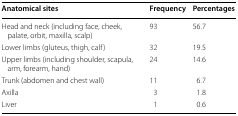
<table><thead><tr><td><b>Anatomical sites</b></td><td><b>Frequency</b></td><td><b>Percentages</b></td></tr></thead><tbody><tr><td>Head and neck (including face, cheek, palate, orbit, maxilla, scalp)</td><td>93</td><td>56.7</td></tr><tr><td>Lower limbs (gluteus, thigh, calf)</td><td>32</td><td>19.5</td></tr><tr><td>Upper limbs (including shoulder, scapula, arm, forearm, hand)</td><td>24</td><td>14.6</td></tr><tr><td>Trunk (abdomen and chest wall)</td><td>11</td><td>6.7</td></tr><tr><td>Axilla</td><td>3</td><td>1.8</td></tr><tr><td>Liver</td><td>1</td><td>0.6</td></tr></tbody></table>